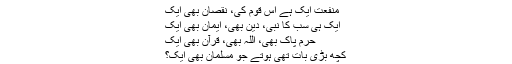
منفعت ایک ہے اِس قوم کی، نقصان بھی ایک
ایک ہی سب کا نبی، دین بھی، ایمان بھی ایک
حرمِ پاک بھی، اللہ بھی، قُرآن بھی ایک
کچھ بڑی بات تھی ہوتے جو مُسلمان بھی ایک؟